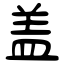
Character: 盖